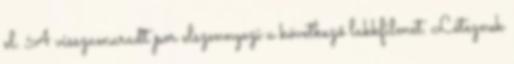
el. A visszamaradt por elszennyezi a következő lakkfilmet. Léteznek